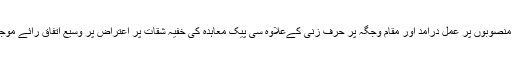
تاہم مختلف منصوبوں پر عمل درآمد اور مقام وجگہ پر حرف زنی کےعلاوہ سی پیک معاہدہ کی خفیہ شقات پر اعتراض پر وسیع اتفاق رائے موجود رہا ہے۔